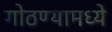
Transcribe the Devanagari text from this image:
गोठण्यामध्ये